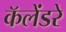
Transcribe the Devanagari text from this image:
कॅलेंडरे